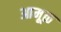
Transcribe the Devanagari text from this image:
आमूळ